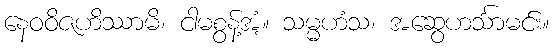
နေဝဝိဇဟိဿာမိ၊ ငါမစွန့်အံ့။ သမ္မဟံသ၊ အဆွေဟင်္သာမင်း။